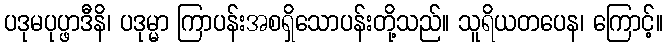
ပဒုမပုပ္ဖာဒီနိ၊ ပဒုမ္မာ ကြာပန်းအစရှိသောပန်းတို့သည်။ သူရိယတပေန၊ ကြောင့်။